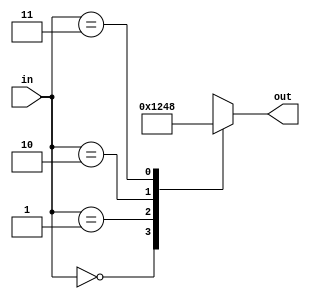
`timescale 1ns / 1ps
//////////////////////////////////////////////////////////////////////////////////
// Company: 
// Engineer: 
// 
// Design Name: 
// Module Name: decoder_2to4
// Project Name: 
// Target Devices: 
// Tool Versions: 
// Description: 
// 
// Dependencies: 
// 
// Revision:
// Revision 0.01 - File Created
// Additional Comments:
// 
//////////////////////////////////////////////////////////////////////////////////


module decoder_2to4(
    input [1:0] in,
    output reg [3:0] out
);

always @(*)
begin
    case(in)
        2'b00: out = 4'b0001;
        2'b01: out = 4'b0010;
        2'b10: out = 4'b0100;
        2'b11: out = 4'b1000;
        default: out = 4'b0000;
    endcase
end

endmodule